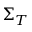
\Sigma _ { T }